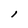
Character: l